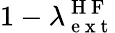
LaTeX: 1-\lambda_{\mathrm{~e~x~t~}}^{\mathrm{~H~F~}}